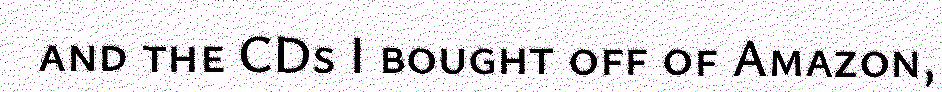
and the CDs I bought off of Amazon,